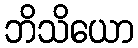
ဘိသိယော